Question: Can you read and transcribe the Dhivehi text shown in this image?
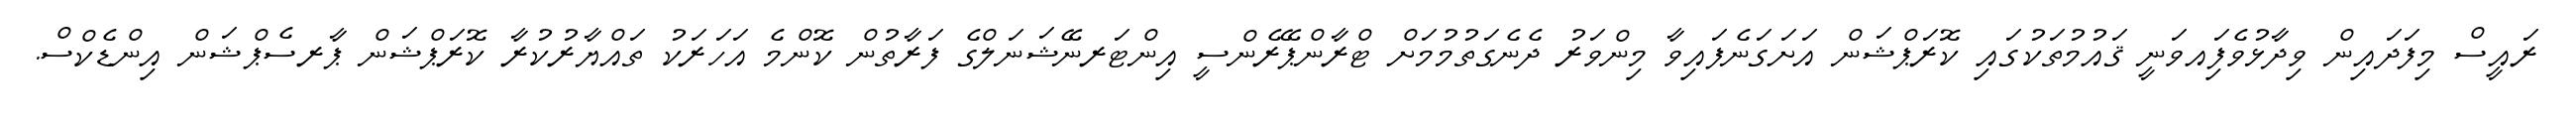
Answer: ރައީސް މިފަދައިން ވިދާޅުވެފަިއވަނީ ޤައުމުތަކުގައި ކޮރަޕްޝަން އަށަގަނެފައިވާ މިންވަރު ދެނެގަތުމުމަށް ޓްރާންޕޭރެންސީ އިންޓަރނޭޝަނަލްގެ ފަރާތުން ކޮންމެ އަހަރަކު ތައްޔާރުކުރާ ކޮރަޕްޝަން ޕާރސެޕްޝަން އިންޑެކްސް.